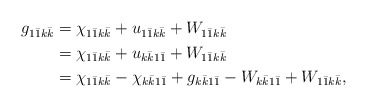
\begin{align*}\begin{aligned} g_{1\bar 1k\bar k} &= \chi_{1\bar 1k\bar k} + u_{1\bar 1k\bar k} +W_{1\bar 1k\bar k} \\&= \chi_{1\bar 1k\bar k} + u_{k\bar k1\bar 1} + W_{1\bar 1k\bar k} \\&= \chi_{1\bar 1k\bar k} -\chi_{k\bar k1\bar 1} + g_{k\bar k1\bar 1} - W_{k\bar k1\bar 1}+W_{1\bar 1k\bar k},\end{aligned}\end{align*}